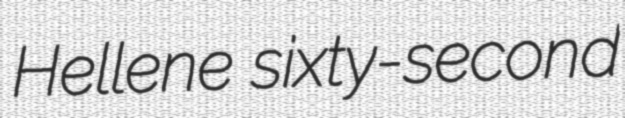
Hellene sixty-second